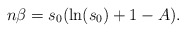
\begin{align*}n\beta=s_0( \ln (s_0)+1-A).\end{align*}